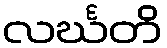
လင်္ဃတိ